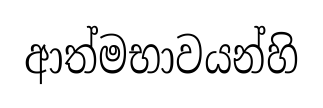
ආත්මභාවයන්හි